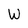
Character: W